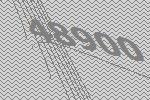
48900